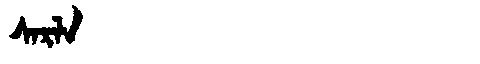
Manchu: ᠰᠠᡵᠯᠠ
Romanization: SARLA